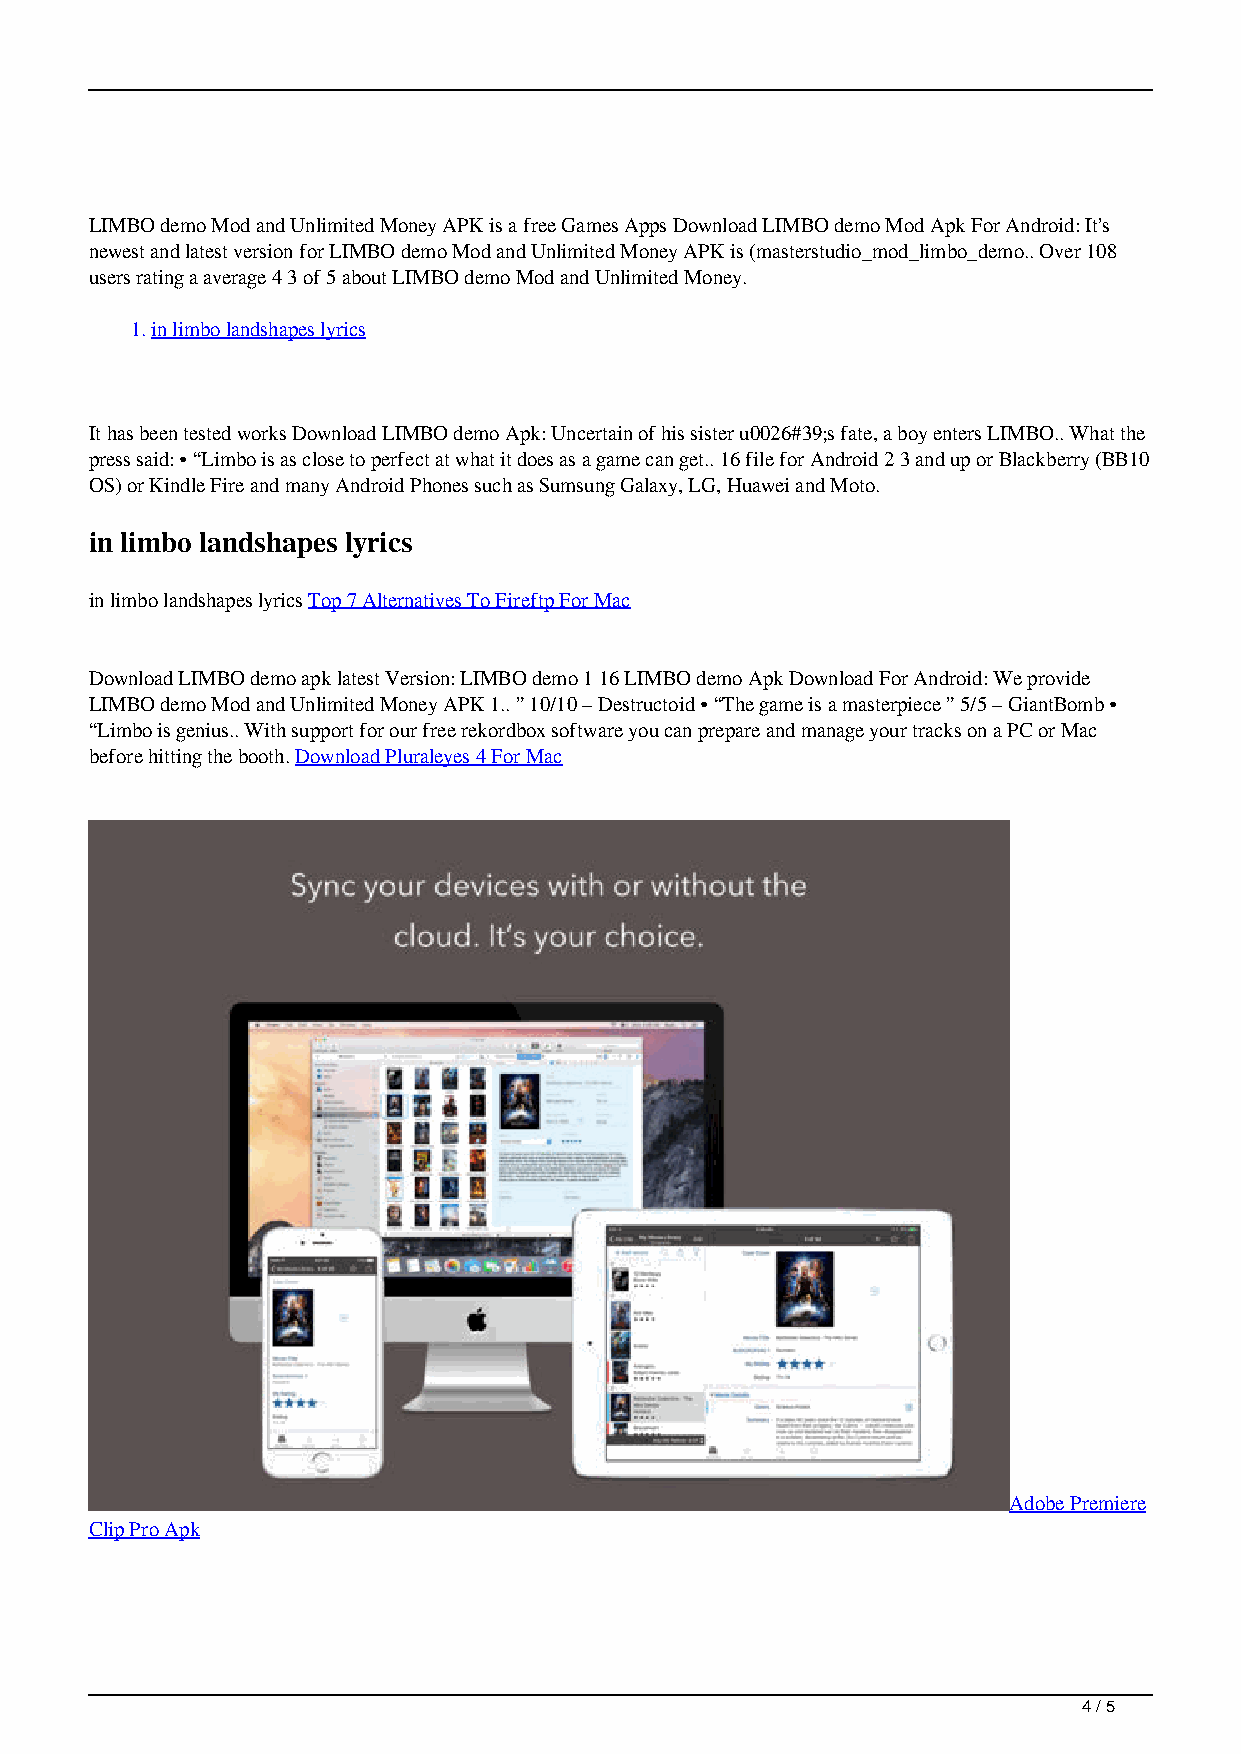
LIMBO demo Mod and Unlimited Money APK is a free Games Apps Download LIMBO demo Mod Apk For Android: It’s
 newest and latest version for LIMBO demo Mod and Unlimited Money APK is (masterstudio_mod_limbo_demo.. Over 108
 users rating a average 4 3 of 5 about LIMBO demo Mod and Unlimited Money.
 1.in limbo landshapes lyrics
 It has been tested works Download LIMBO demo Apk: Uncertain of his sister u0026#39;s fate, a boy enters LIMBO.. What the
 press said: • “Limbo is as close to perfect at what it does as a game can get.. 16 file for Android 2 3 and up or Blackberry (BB10
 OS) or Kindle Fire and many Android Phones such as Sumsung Galaxy, LG, Huawei and Moto.
 in limbo landshapes lyrics
 in limbo landshapes lyrics Top 7 Alternatives To Fireftp For Mac
 Download LIMBO demo apk latest Version: LIMBO demo 1 16 LIMBO demo Apk Download For Android: We provide
 LIMBO demo Mod and Unlimited Money APK 1.. ” 10/10 – Destructoid • “The game is a masterpiece ” 5/5 – GiantBomb •
 “Limbo is genius.. With support for our free rekordbox software you can prepare and manage your tracks on a PC or Mac
 before hitting the booth. Download Pluraleyes 4 For Mac
 Adobe Premiere
 Clip Pro Apk
 4 / 5